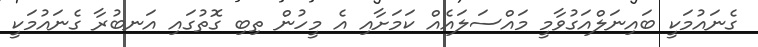
ގެނައުމަކީ ބައިނަލްއަގުވާމީ މައްސަލައެއް ކަމަށާއި އެ މީހުން ތިބި ގޮތުގައި އަނބުރާ ގެނައުމަކީ